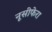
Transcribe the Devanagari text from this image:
नूसीफेरा